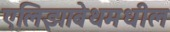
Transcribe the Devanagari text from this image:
एलिझाबेथमधील